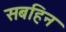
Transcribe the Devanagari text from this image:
सबहिन